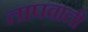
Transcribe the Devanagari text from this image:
तापवाली